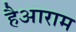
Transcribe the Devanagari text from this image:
हैआराम